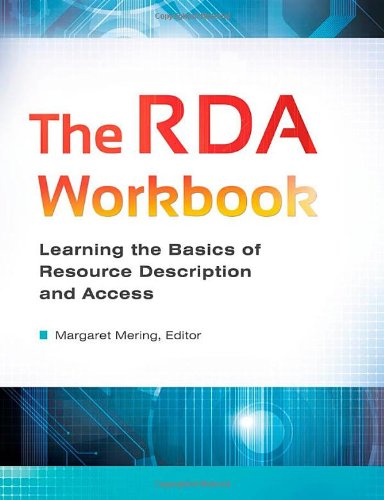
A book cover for The RDA Workbook: Learning the Basics of Resource Description and Access; Politics & Social Sciences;